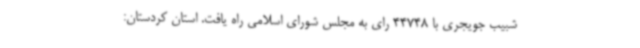
شبیب جویجری با 44748 رای به مجلس شورای اسلامی راه یافت. استان کردستان: